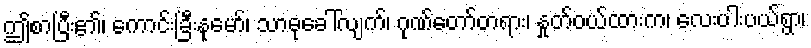
ဤစာပြီး၏၊ ကောင်းခြီးနုမော်၊ သာဓုခေါ်လျက်၊ ဂုဏ်တော်တရား၊ နှုတ်ဝယ်ထားက၊ လေးပါးပယ်ရွာ၊